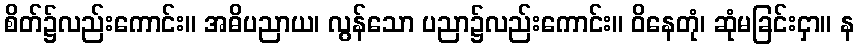
စိတ်၌လည်းကောင်း။ အဓိပညာယ၊ လွန်သော ပညာ၌လည်းကောင်း။ ဝိနေတုံ၊ ဆုံမခြင်းငှာ။ န